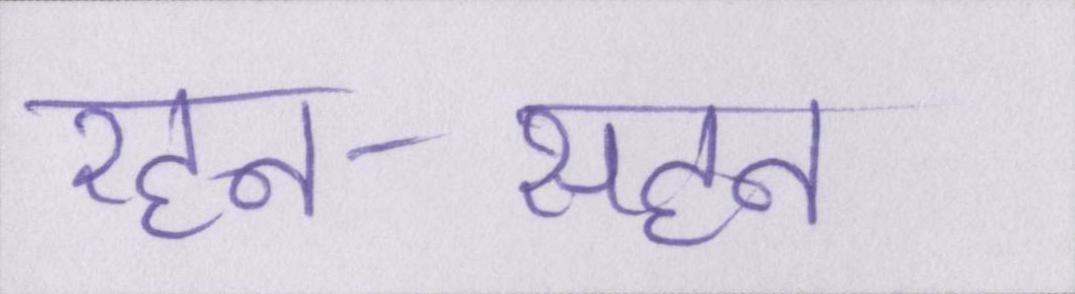
रहन-सहन